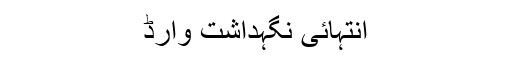
انتہائی نگہداشت وارڈ